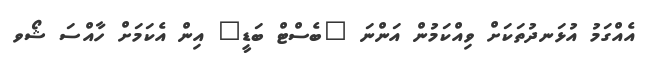
އެއްގަމު އުޅަނދުތަކަށް ވިއްކަމުން އަންނަ "ބެސްޓް ބަޑީ" އިން އެކަމަށް ހާއްސަ ޝޯވ